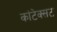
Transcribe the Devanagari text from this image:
कांटेक्सट